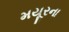
મયૂરના